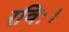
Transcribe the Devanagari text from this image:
रविः।